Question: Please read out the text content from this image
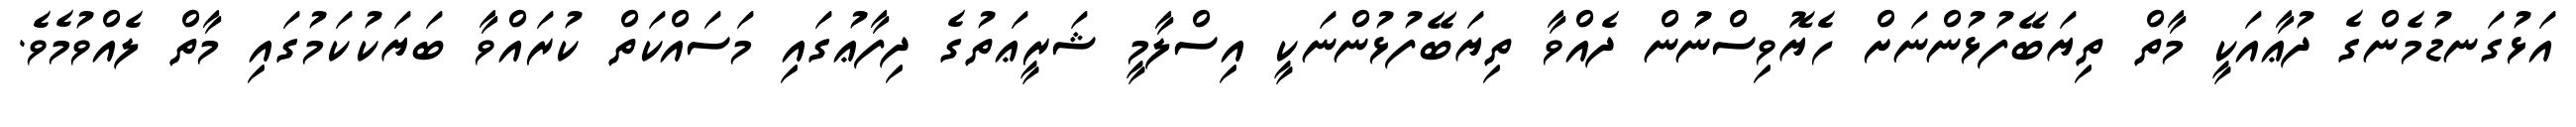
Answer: އަޅުގަނޑުމެންގެ ދުޢާއަކީ މާތް ތިޔަބޭފުޅުންނަށް ހެޔޮވިސްނުން ދެއްވާ ތިޔަބޭފުޅުންނަކީ އިސްލާމީ ޝަރީޢަތުގެ ދިފާޢުގައި މަސައްކަތް ކުރައްވާ ބަޔަކުކަމުގައި މާތް ލެއްވުމެވެ.